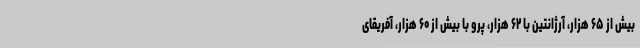
بیش از ۶۵ هزار، آرژانتین با ۶۲ هزار، پرو با بیش از ۶۰ هزار، آفریقای